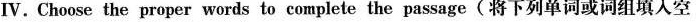
Ⅳ.Choose the proper words to complete the passage(将下列单词或词组填人空